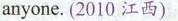
anyone. (2010 江西)